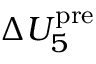
\Delta U _ { 5 } ^ { \mathrm { p r e } }